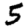
Digit: 5